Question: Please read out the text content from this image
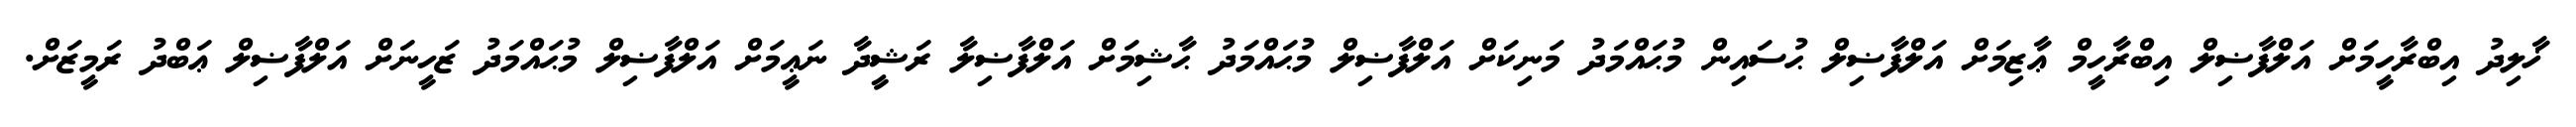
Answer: ޚާލިދު އިބްރާހީމަށް އަލްފާޟިލް އިބްރާހީމް ޢާޒިމަށް އަލްފާޟިލް ޙުސައިން މުޙައްމަދު މަނިކަށް އަލްފާޟިލް މުޙައްމަދު ޙާޝިމަށް އަލްފާޟިލާ ރަޝީދާ ނަޢީމަށް އަލްފާޟިލް މުޙައްމަދު ޒަހީނަށް އަލްފާޟިލް ޢަބްދު ރަމީޒަށް.